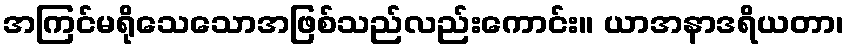
အကြင်မရိုသေသောအဖြစ်သည်လည်းကောင်း။ ယာအနာဒရိယတာ၊